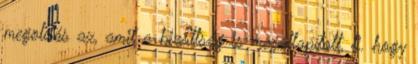
megoldás az, amit a bizottság is megállapított, ti. hogy